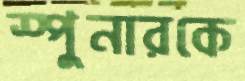
স্পুনারকে